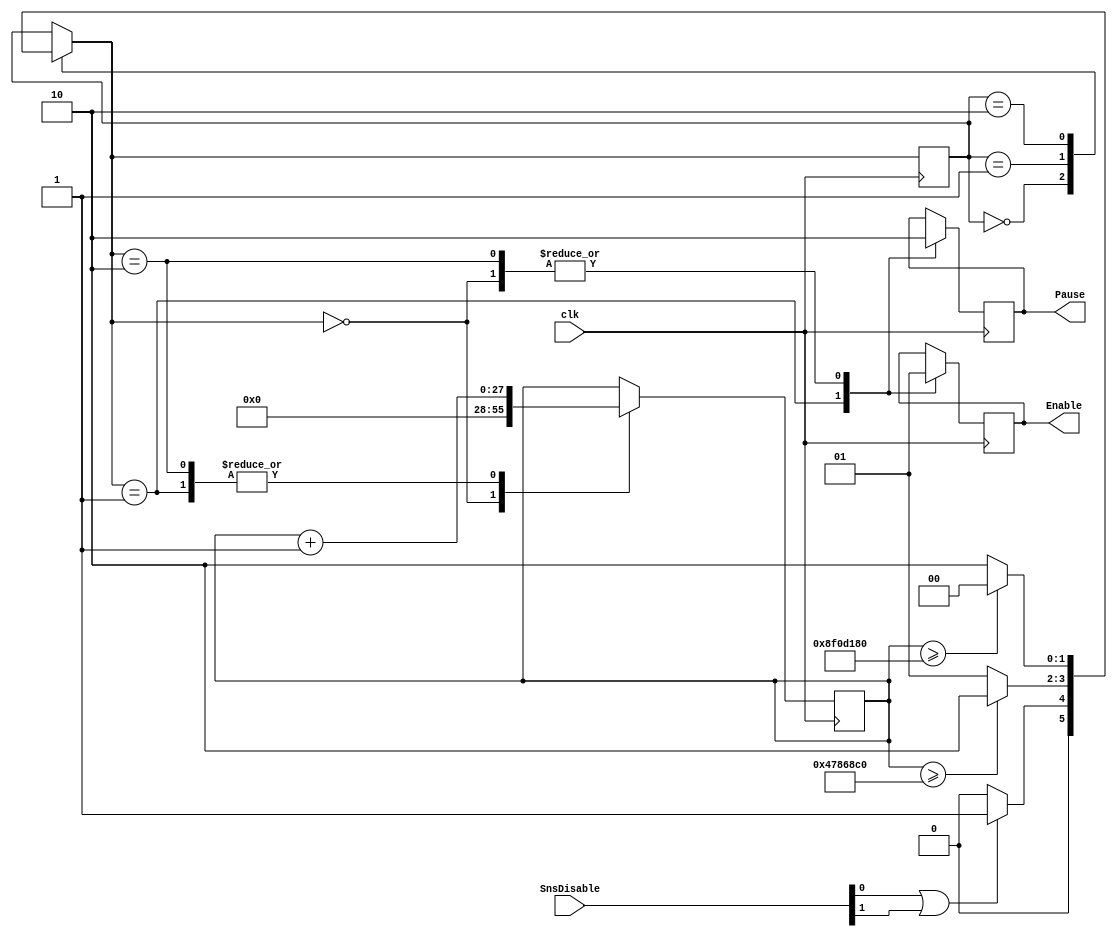

module DisableHandler(input [1:0] SnsDisable, input clk, output reg Enable = 1'b1, output reg Pause = 1'b0);
    reg [27:0] Timer=28'b0;
    reg [1:0] STATE=2'b00;                              
    parameter Idle = 2'b00, 
              Disable = 2'b01,
              Debounce = 2'b10;
    parameter HalfCount=28'd75_000_000, FullCount=28'd150_000_000;
    
    always@(posedge clk)begin
        case(STATE)
            Idle: STATE=(SnsDisable[0]|SnsDisable[1])?(Disable):(Idle);
            Disable: STATE=(Timer>=HalfCount)?(Debounce):(Disable);
            Debounce: STATE=(Timer>=FullCount)?(Idle):(Debounce);
        endcase
        case(STATE)
            Idle: begin
                Enable = 1'b1;
                Pause = 1'b0;
                Timer = 28'b0;
            end
            Disable: begin
                Timer = Timer + 1'b1;
                Enable = 1'b0;
                Pause = 1'b1;  
            end   
            Debounce: begin
                Timer = Timer + 1'b1;
                Enable = 1'b1;
                Pause = 1'b0;
            end
        endcase
    end
endmodule